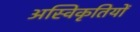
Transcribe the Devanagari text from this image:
अस्विकृतियों